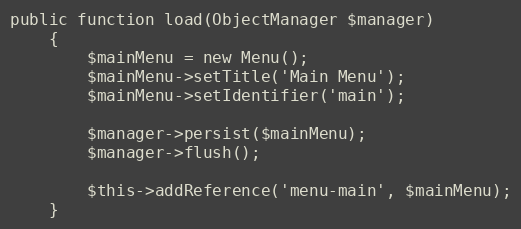
Language: PHP
public function load(ObjectManager $manager)
    {
        $mainMenu = new Menu();
        $mainMenu->setTitle('Main Menu');
        $mainMenu->setIdentifier('main');

        $manager->persist($mainMenu);
        $manager->flush();

        $this->addReference('menu-main', $mainMenu);
    }